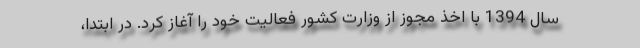
سال 1394 با اخذ مجوز از وزارت کشور فعالیت خود را آغاز کرد. در ابتدا،